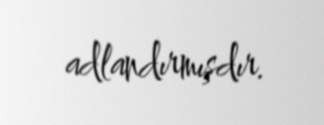
adlandırmışdır.